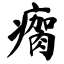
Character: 瘸